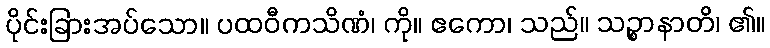
ပိုင်းခြားအပ်သော။ ပထဝီကသိဏံ၊ ကို။ ဧကော၊ သည်။ သဉ္စာနာတိ၊ ၏။